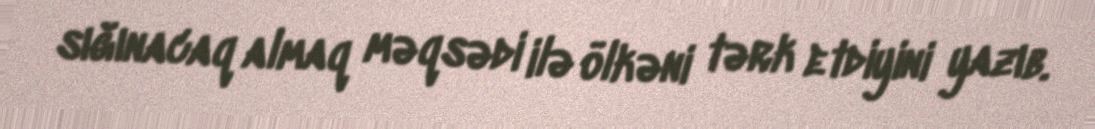
sığınacaq almaq məqsədi ilə ölkəni tərk etdiyini yazıb.